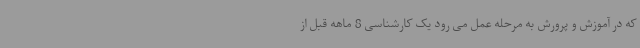
که در آموزش و پرورش به مرحله عمل می رود یک کارشناسی 8 ماهه قبل از